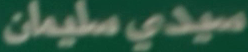
سيدی-سلیمان